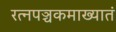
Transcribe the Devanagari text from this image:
रत्‍नपञ्चकमाख्यातं